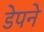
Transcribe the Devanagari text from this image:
डेपने